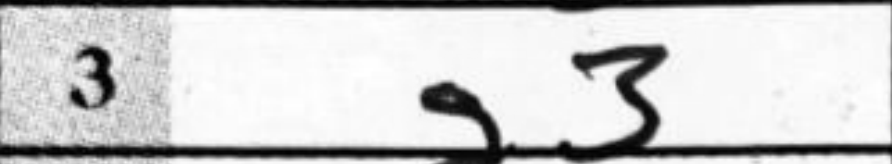
Transcription: g3